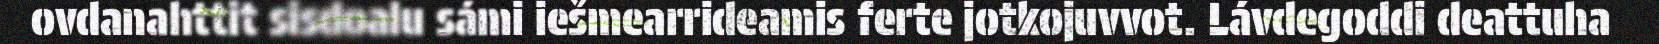
ovdanahttit sisdoalu sámi iešmearrideamis ferte jotkojuvvot. Lávdegoddi deattuha